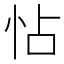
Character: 怗